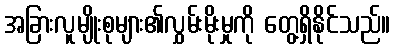
အခြားလူမျိုးစုများ၏လွှမ်းမိုးမှုကို တွေ့ရှိနိုင်သည်။